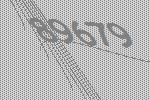
89679